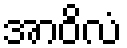
အာဝိလံ